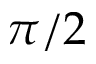
\pi / 2